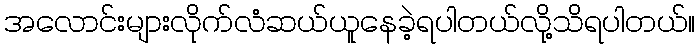
အလောင်းများလိုက်လံဆယ်ယူနေခဲ့ရပါတယ်လို့သိရပါတယ်။